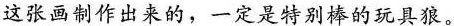
这张画制作出来的，一定是特别棒的玩具狼。